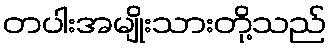
တပါးအမျိုးသားတို့သည်